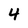
Character: 4